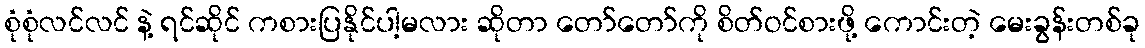
စုံစုံလင်လင် နဲ့ ရင်ဆိုင် ကစားပြနိုင်ပါ့မလား ဆိုတာ တော်တော်ကို စိတ်ဝင်စားဖို့ ကောင်းတဲ့ မေးခွန်းတစ်ခု